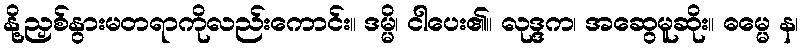
နို့ညှစ်နွားမတရာကိုလည်းကောင်း။ ဒမ္မိ၊ ငါပေး၏။ လုဒ္ဒက၊ အဆွေမူဆိုး။ ဓမ္မေ န၊